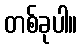
တစ်ခုပါ။